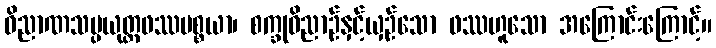
ဝိညာဏသမ္ပယုတ္တဖဿပစ္စယာ၊ စက္ခုဝိညာဉ်နှင့်ယှဉ်သော ဖဿဟူသော အကြောင်းကြောင့်။